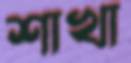
শাখা